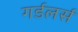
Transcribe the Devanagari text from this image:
गर्डलर्स